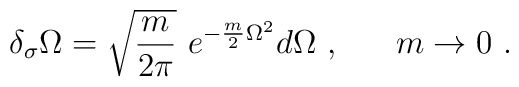
\delta_\sigma\Omega = \sqrt{\frac{m}{2\pi}}\ e^{-\frac m2 \Omega^2}d\Omega\ ,\ \ \ \ \ m\rightarrow 0\ .